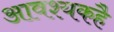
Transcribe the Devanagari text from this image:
आवश्यकहै